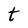
Character: t